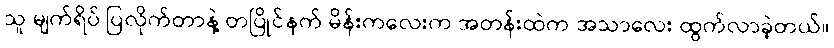
သူ မျက်ရိပ် ပြလိုက်တာနဲ့ တပြိုင်နက် မိန်းကလေးက အတန်းထဲက အသာလေး ထွက်လာခဲ့တယ်။